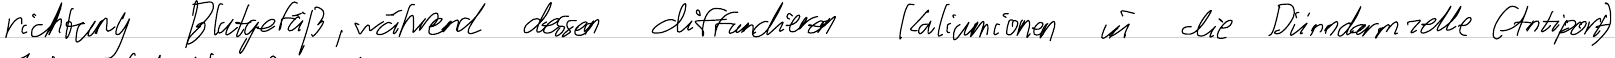
richtung Blutgefäß, während dessen diffundieren Kaliumionen in die Dünndarmzelle (Antiport)